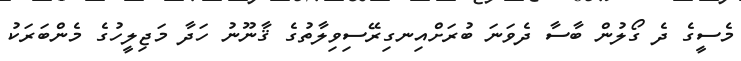
މެސީގެ ދެ ގޯލުން ބާސާ ދެވަނަ ބުރަށްއިނގިރޭސިވިލާތުގެ ޤާނޫނު ހަދާ މަޖިލީހުގެ މެންބަރަކު